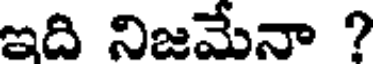
ఇది నిజమేనా ?